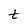
Character: t